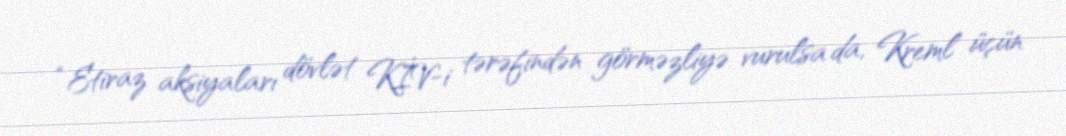
“Etiraz aksiyaları dövlət KİV-i tərəfindən görməzliyə vurulsa da, Kreml üçün